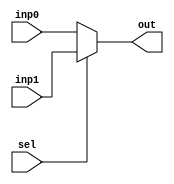
module Mux2to1_9bit (inp0, inp1, sel, out);
input [8:0] inp0;
input [8:0] inp1;
input sel;
output [8:0] out;

	assign out = (sel == 1'b0)? inp0: 
			(sel == 1'b1)? inp1:
			9'bz;
endmodule